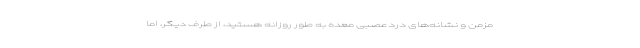
مزمن و نشانه‌های دردعصبی معده به طور روزانه هستید، از طرف دیگر، اما